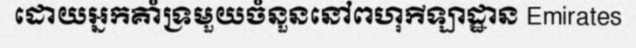
ដោយអ្នកគាំទ្រមួយចំនួននៅពហុកីឡាដ្ឋាន Emirates